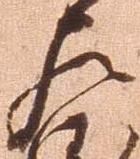
左